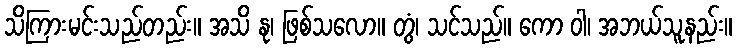
သိကြားမင်းသည်တည်း။ အသိ နု၊ ဖြစ်သလော။ တွံ၊ သင်သည်။ ကော ဝါ၊ အဘယ်သူနည်း။